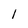
Character: 1